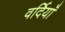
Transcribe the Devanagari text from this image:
वर्दियाँ